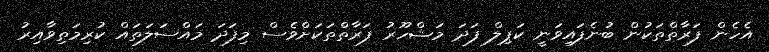
އެހެން ފަރާތްތަކުން ބުނެފައިވަނީ ކަޕިލް ފަދަ މަޝްހޫރު ފަރާތްތަކަށްވެސް މިފަދަ މައްސަލަތައް ކުރިމަތިވާއިރު